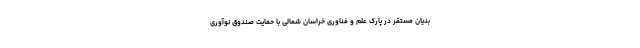
بنیان مستقر در پارک علم و فناوری خراسان شمالی با حمایت صندوق نوآوری